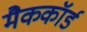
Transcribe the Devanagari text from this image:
मैककॉर्ड